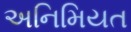
અનિમિયત